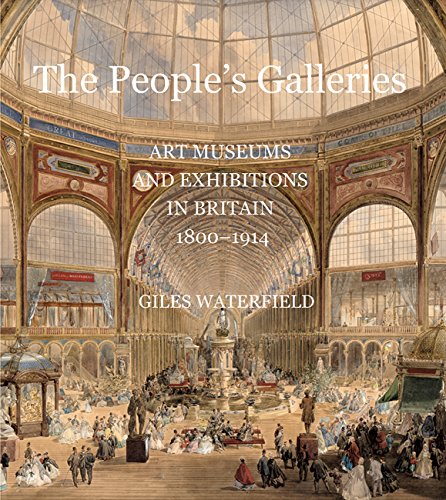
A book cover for The People's Galleries: Art Museums and Exhibitions in Britain, 1800EE1914; Giles Waterfield; Business & Money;